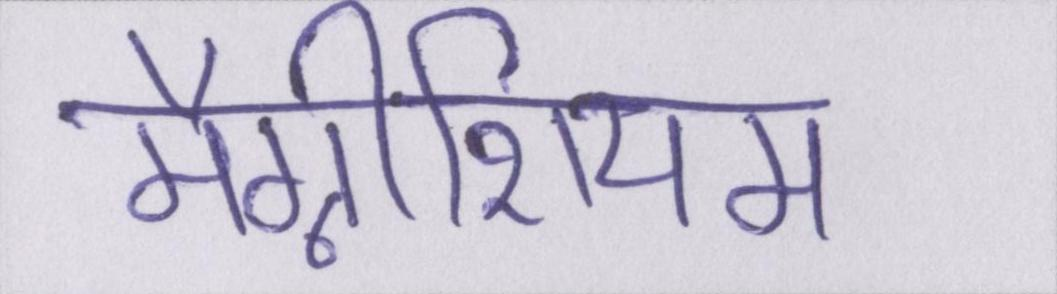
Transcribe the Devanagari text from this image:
मैग्नीशियम